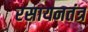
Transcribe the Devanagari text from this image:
रसायनतंत्र